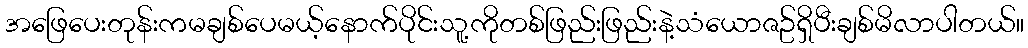
အဖြေပေးတုန်းကမချစ်ပေမယ့်နောက်ပိုင်းသူ့ကိုတစ်ဖြည်းဖြည်းနဲ့သံယောဇဥ်ရှိပီးချစ်မိလာပါတယ်။